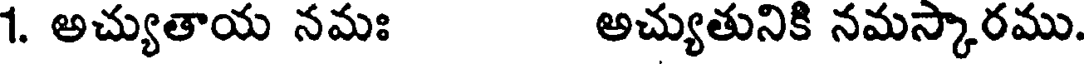
1. అచ్యుతాయ నమః అచ్యుతునికి నమస్కారము.